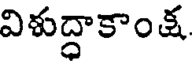
విశుద్ధాకాంక్ష